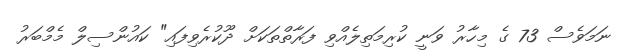
ނަމަވެސް 73 ގެ މިހާރު ވަނީ ކުރިމަތިލެއްވި ފަރާތްތަކަށް ދޫކުރެވިފައި" ކައުންސިލް މެމްބަރު